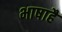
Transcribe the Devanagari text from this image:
भाषाहै